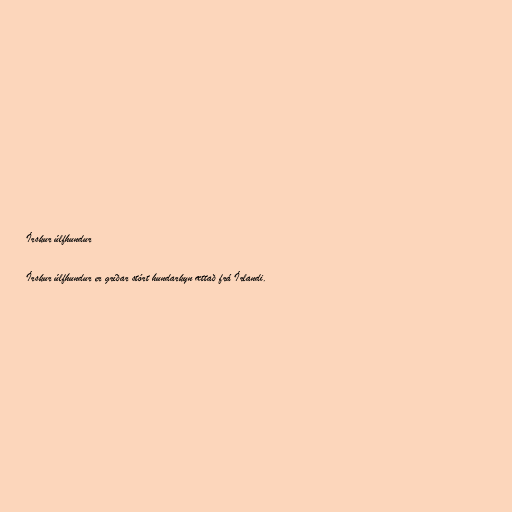
Írskur úlfhundur

Írskur úlfhundur er gríðar stórt hundarkyn ættað frá Írlandi.